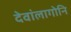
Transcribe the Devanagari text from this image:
देवांलागोनि